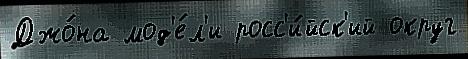
Джо́на мод'е́л'и росс'и́йск'ий округ